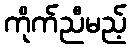
ကိုက်ညီမည့်